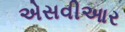
એસવીઆર